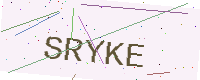
Text: SRYKE